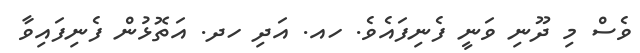
ވެސް މި ދޫނި ވަނީ ފެނިފައެވެ. ހއ. އަދި ހދ. އަތޮޅުން ފެނިފައިވާ